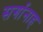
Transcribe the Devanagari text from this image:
सर्गानाह